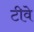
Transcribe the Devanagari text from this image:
टीवे